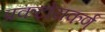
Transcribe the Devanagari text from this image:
प्रकटोयकर्ण